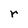
Character: r